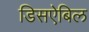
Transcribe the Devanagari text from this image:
डिसऐबिल